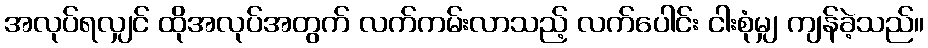
အလုပ်ရလျှင် ထိုအလုပ်အတွက် လက်ကမ်းလာသည့် လက်ပေါင်း ငါးစုံမျှ ကျန်ခဲ့သည်။